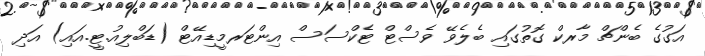
އަގުގެ ބެންޗް މާރކް ގޮތުގައި ބެލެވޭ ވެސްޓް ޓެކްސަސް އިންޓަރމީޑިއޭޓް (ޑަބްލިއު.ޓީ.އައި) އަދި